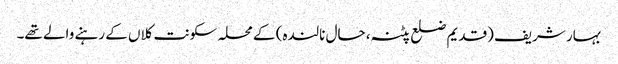
بہار شریف (قدیم ضلع پٹنہ، حال نالندہ) کے محلہ سکونت کلاں کے رہنے والے تھے۔